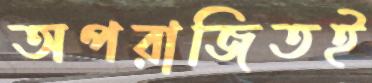
অপরাজিতই